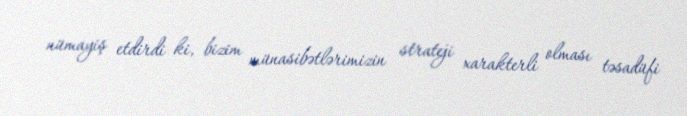
nümayiş etdirdi ki, bizim münasibətlərimizin strateji xarakterli olması təsadüfi